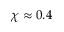
\chi \approx 0 . 4